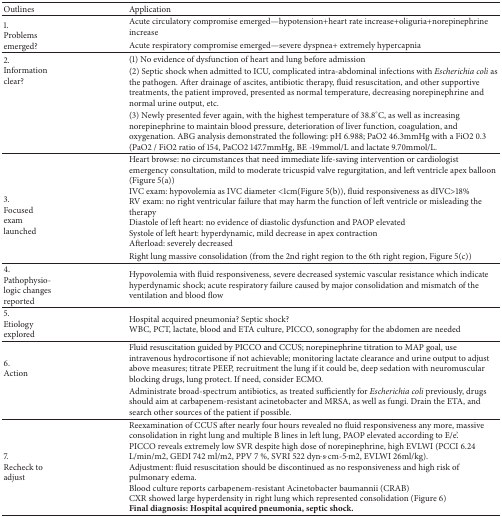
<table><thead><tr><td><b>Outlines</b></td><td><b>Application</b></td></tr></thead><tbody><tr><td rowspan="2">1. Problems emerged?</td><td>Acute circulatory compromise emerged—hypotension+heart rate increase+oliguria+norepinephrine increase</td></tr><tr><td>Acute respiratory compromise emerged—severe dyspnea+ extremely hypercapnia</td></tr><tr><td rowspan="3">2. Information clear?</td><td>(1) No evidence of dysfunction of heart and lung before admission</td></tr><tr><td>(2) Septic shock when admitted to ICU, complicated intra-abdominal infections with <i>Escherichia coli</i> as the pathogen. After drainage of ascites, antibiotic therapy, fluid resuscitation, and other supportive treatments, the patient improved, presented as normal temperature, decreasing norepinephrine and normal urine output, etc.</td></tr><tr><td>(3) Newly presented fever again, with the highest temperature of 38.8°C, as well as increasing norepinephrine to maintain blood pressure, deterioration of liver function, coagulation, and oxygenation. ABG analysis demonstrated the following: pH 6.988; PaO2 46.3mmHg with a FiO2 0.3 (PaO2 / FiO2 ratio of 154, PaCO2 147.7mmHg, BE -19mmol/L and lactate 9.70mmol/L.</td></tr><tr><td rowspan="2">3. Focused exam launched</td><td>Heart browse: no circumstances that need immediate life-saving intervention or cardiologist emergency consultation, mild to moderate tricuspid valve regurgitation, and left ventricle apex balloon (Figure 5(a))IVC exam: hypovolemia as IVC diameter &lt;1cm(Figure 5(b)), fluid responsiveness as dIVC&gt;18% RV exam: no right ventricular failure that may harm the function of left ventricle or misleading the therapy Diastole of left heart: no evidence of diastolic dysfunction and PAOP elevated Systole of left heart: hyperdynamic, mild decrease in apex contraction Afterload: severely decreased</td></tr><tr><td>Right lung massive consolidation (from the 2nd right region to the 6th right region, Figure 5(c))</td></tr><tr><td>4. Pathophysiologic changes reported</td><td>Hypovolemia with fluid responsiveness, severe decreased systemic vascular resistance which indicate hyperdynamic shock; acute respiratory failure caused by major consolidation and mismatch of the ventilation and blood flow</td></tr><tr><td>5. Etiology explored</td><td>Hospital acquired pneumonia? Septic shock?WBC, PCT, lactate, blood and ETA culture, PICCO, sonography for the abdomen are needed</td></tr><tr><td rowspan="2">6. Action</td><td>Fluid resuscitation guided by PICCO and CCUS; norepinephrine titration to MAP goal, use intravenous hydrocortisone if not achievable; monitoring lactate clearance and urine output to adjust above measures; titrate PEEP, recruitment the lung if it could be, deep sedation with neuromuscular blocking drugs, lung protect. If need, consider ECMO.</td></tr><tr><td>Administrate broad-spectrum antibiotics, as treated sufficiently for <i>Escherichia coli</i> previously, drugs should aim at carbapenem-resistant acinetobacter and MRSA, as well as fungi. Drain the ETA, and search other sources of the patient if possible.</td></tr><tr><td>7. Recheck to adjust</td><td>Reexamination of CCUS after nearly four hours revealed no fluid responsiveness any more, massive consolidation in right lung and multiple B lines in left lung, PAOP elevated according to E/e&#x27;. PICCO reveals extremely low SVR despite high dose of norepinephrine, high EVLWI (PCCI 6.24 L/min/m2, GEDI 742 ml/m2, PPV 7 %, SVRI 522 dyn·s·cm-5·m2, EVLWI 26ml/kg).Adjustment: fluid resuscitation should be discontinued as no responsiveness and high risk of pulmonary edema.Blood culture reports carbapenem-resistant Acinetobacter baumannii (CRAB)CXR showed large hyperdensity in right lung which represented consolidation (Figure 6)<b>Final diagnosis: Hospital acquired pneumonia, septic shock.</b></td></tr></tbody></table>